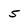
Character: 5